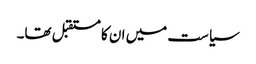
سیاست میں ان کا مستقبل تھا۔